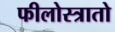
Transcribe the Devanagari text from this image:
फीलोस्त्रातो